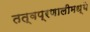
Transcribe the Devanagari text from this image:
तत्वप्रणालीमध्ये